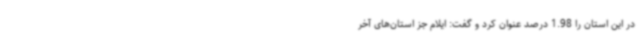
در این استان را 1.98 درصد عنوان کرد و گفت: ایلام جز استان‌های آخر